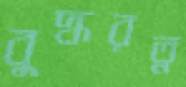
বুদ্ধরত্ন